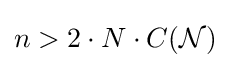
n>2\cdot N\cdot C({\mathcal {N}})